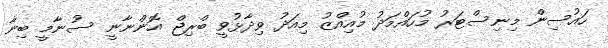
ހައުސިން މިނިސްޓަރު މުހައްމަދު މުއިއްޒު މިއަދު ވިދާޅުވީ ބްރިޖް އޮންނާނީ ސުނާމީ ބިނާ